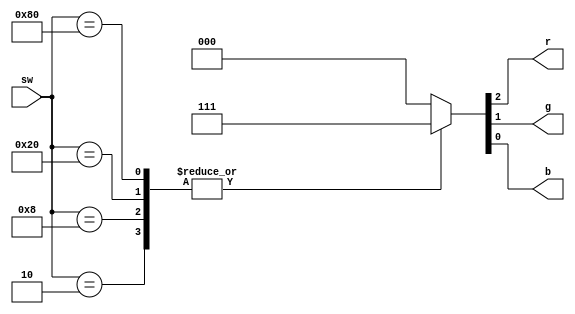
module color_decoder
(
	input [7:0] sw,
	output reg r,
	output reg g,
	output reg b
);

    always @(*) begin
        case (sw)
            8'h00: {r, g, b} = 12'h000; // black
            8'h01: {r, g, b} = 12'h000; // black
            8'h02: {r, g, b} = 12'h00F; // blue
            8'h04: {r, g, b} = 12'h950; // brown
            8'h08: {r, g, b} = 12'h0FF; // cyan
            8'h10: {r, g, b} = 12'hF00; // red
            8'h20: {r, g, b} = 12'hF0F; // magenta
            8'h40: {r, g, b} = 12'hFF0; // yellow
            8'h80: {r, g, b} = 12'hFFF; // white
            default: {r, g, b} = 12'h000; // black
        endcase
    end
endmodule